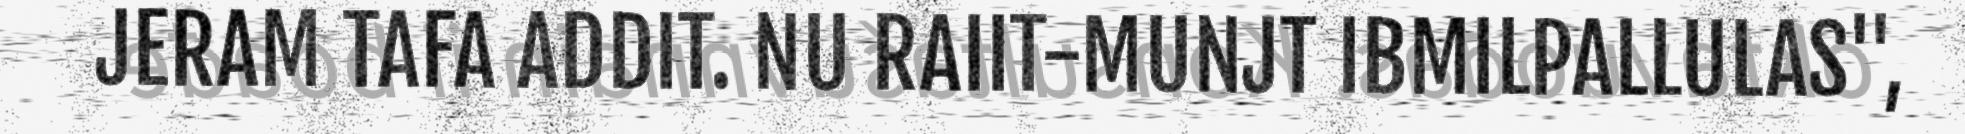
JERAM TAFA ADDIT. NU RAIIT-MUNJT IBMILPALLULAS",